Lunatic asylums United Provinces 1899-1908 - 1899-1908
Year: 1899
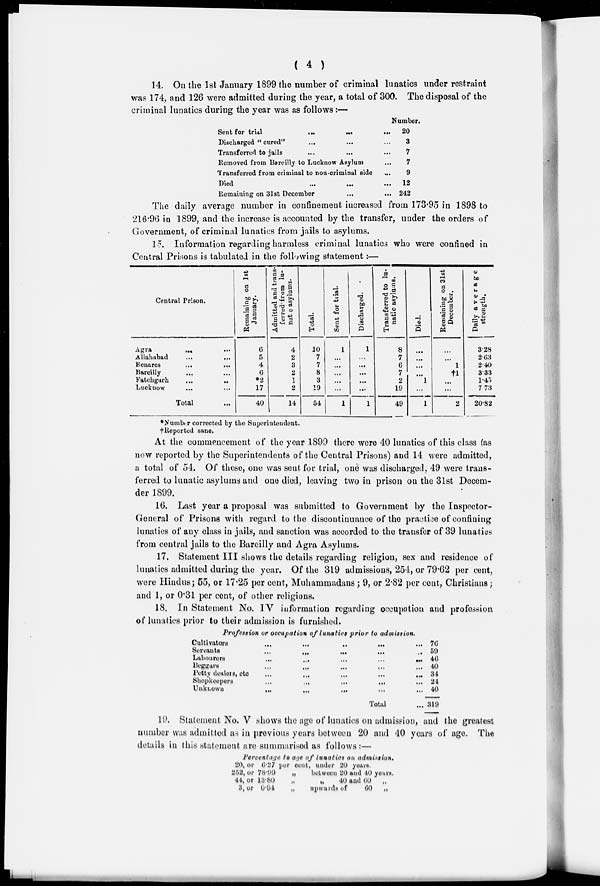
( 4 )
14. On the 1st January 1899 the number of criminal lunatics under restraint
was 174, and 126 were admitted during the year, a total of 300. The disposal of the
criminal lunatics during the year was as follows :—
Sent for trial
...
...
...
Discharged "cured" ... ... ...
Transferred to jails ... ... ...
Removed from Bareilly to Lucknow Asylum ...
Transferred from criminal to non-criminal side ...
Died
...
...
...
Remaining on 31st December ... ...
Number.
20
3
7
7
9
12
242
The daily average number in confinement increased from 173.95 in 1898 to
216.96 in 1899, and the increase is accounted by the transfer, under the orders of
Government, of criminal lunatics from jails to asylums.
15. Information regarding harmless criminal lunatics who were confined in
Central Prisons is tabulated in the following statement:—
Central Prison.
Agra
...
...
Allahabad
...
...
Benares
...
...
Bareilly ... ...
Fatehgarh
...
...
Lucknow
...
...
Total ...
Remaining on 1st
January.
6
5
4
6
*2
17
40
Admitted and trans-
ferred f r o m l u n a t i c asylums.
4
2
3
2
1
2
14
Total.
10
7
7
8
3
19
54
Sent for trial.
1
...
...
...
...
...
1
Discharged.
1
...
...
...
...
...
1
Transferred to lu-
natic asylums.
8
7
6
7
2
19
49
Died.
...
...
...
...
1
...
1
Remaining on 31st
December.
...
...
1
†1
...
...
2
Daily average
strength.
3.28
2.63
2.40
3.33
1.45
7.73
20.82
*Number corrected by the Superintendent.
†Reported sane.
At the commencement of the year 1899 there were 40 lunatics of this class (as
now reported by the Superintendents of the Central Prisons) and 14 were admitted,
a total of 54. Of these, one was sent for trial, one was discharged, 49 were trans-
ferred to lunatic asylums and one died, leaving two in prison on the 31st
December
16. Last year a proposal was submitted to Government by the Inspector-
General of Prisons with regard to the discontinuance of the practice of confining
lunatics of any class in jails, and sanction was accorded to the transfer of 39 lunatics
from central jails to the Bareilly and Agra Asylums.
17. Statement III shows the details regarding religion, sex and residence of
lunatics admitted during the year. Of the 319 admissions, 254, or 79.62 per cent,
were Hindus; 55, or 17.25 per cent, Muhammadans; 9, or 2.82 per cent, Christians;
and 1, or 0.31 per cent, of other religions.
18. In Statement No. IV information regarding occupation and profession
of lunatics prior to their admission is furnished.
Profession or occupation of lunatics prior to admission.
Cultivators … … … … …
Servants … … … … …
Labourers
…
…
…
…
…
Beggars … … … … …
Petty dealers, etc
…
…
…
…
…
Shopkeepers … … … … …
Unknown … … … … …
Total ...
76
59
46
40
34
24
40
319
19. Statement No. V shows the age of lunatics on admission, and the greatest
number was admitted as in previous years between 20 and 40 years of age. The
details in this statement are summarised as follows :—
Percentage to age of lunatics on admission.
20, or 6.27 per cent, under 20 years.
252, or 78.99 „
between 20 and 40 years.
44, or 13.80
„
„
40 and 60 „
3, or 0.94
„
upwards of
60
„